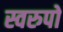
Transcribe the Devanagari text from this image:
स्वरुपो